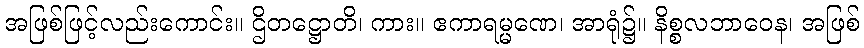
အဖြစ်ဖြင့်လည်းကောင်း။ ဌိတဋ္ဌောတိ၊ ကား။ ဧကာရမ္မဏေ၊ အာရုံ၌။ နိစ္စလဘာဝေန၊ အဖြစ်